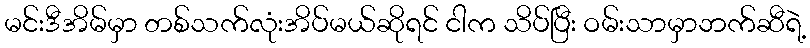
မင်းဒီအိမ်မှာ တစ်သက်လုံးအိပ်မယ်ဆိုရင် ငါက သိပ်ပြီး ဝမ်းသာမှာဘက်ဆီရဲ့